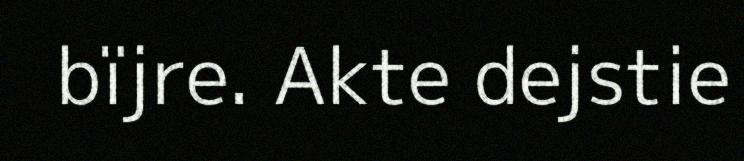
bïjre. Akte dejstie